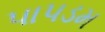
પાપડમ